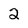
Character: 2